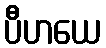
ပီဟယေ